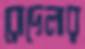
রোদেলার